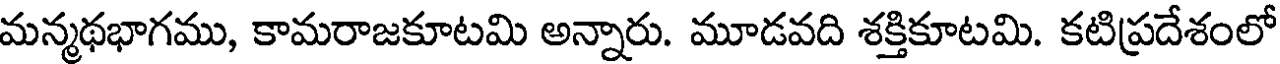
మన్మథభాగము, కామరాజకూటమి అన్నారు. మూడవది శక్తికూటమి. కటిప్రదేశంలో